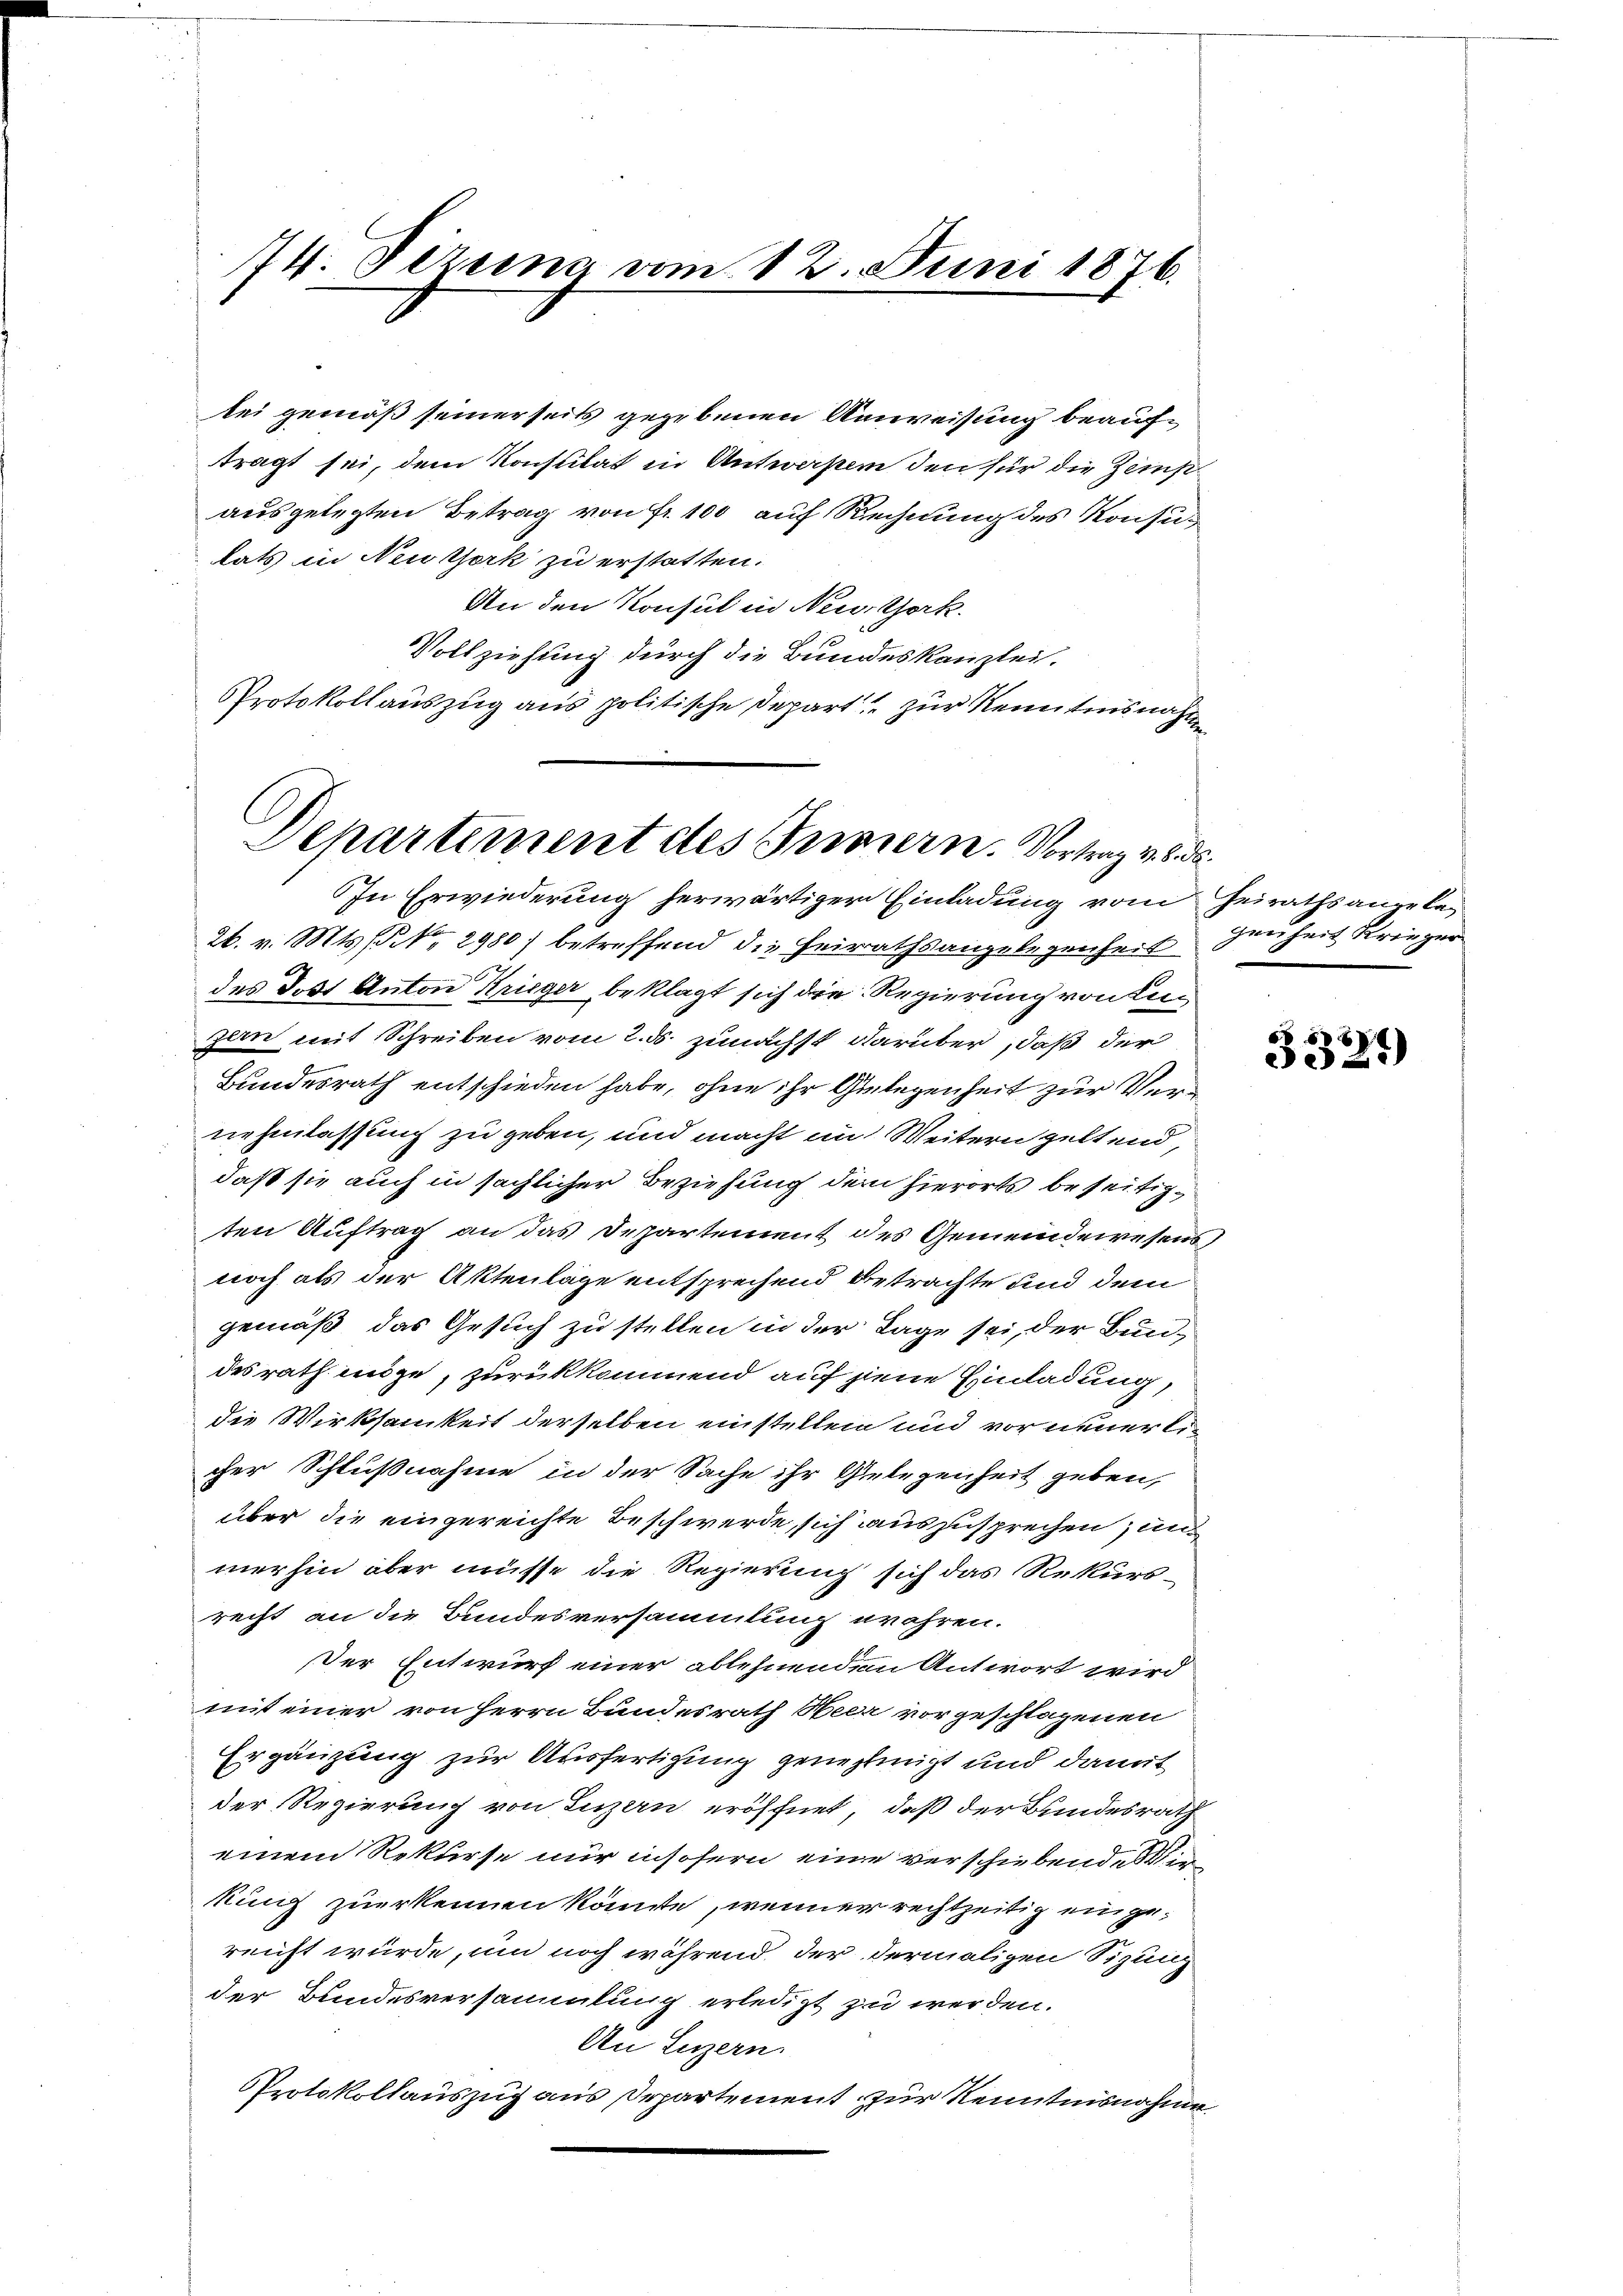
74. Dezung vom 12. Juni 1876.

lei gemäß seinerseits gegebenen Anweisung beauftragt sei, dem Konstitat in Antwerpen den für die Zempausgelegten Betrag von Fr. 100 auf Rechnung des Konsulats in Neuthork zu erstatten.
An den Konsul in Newtork.
Vollziehung durch die Bundeskanzlei.
Protokollauszug aus politische Depart zur Kenntnisnahme

Departement des Innern. Vortrag v. 6. ds.

In Erwiederung herwärtiger Einladung vom Heirathsangela¬
26. v. Mts. (§ 2980) betreffend die Heirathsangelegenheit
des Jost Anton Krieger beklagt sich die Regierung von Rec
zan mit Schreiben vom 2. ds. zunächst darüber, daß der
Bundesrath entschieden habe, ohne ihr Gelegenheit zur Vernehmlassung zu geben, und macht im Weitern geltend,
daß sie auch in sächlicher Beziehung dem hierorts beseitigten Auftrag an das Departement des Gemeindewesens
noch als der Aktenlage entsprechend Betrachte und dem
gemäß das Gesuch zu stellen in der Lage sei, der Bundesrath möge, zurückkommend auf jene Einladung,
die Wirksamkeit derselben einstellen und vor neuer lecher Schlußnahme in der Sache ihr Gelegenheit geben,
über die eingereichte Beschwerde, sich auszusprechen, und
merhin aber müsse die Regierung sich das Rekurs-
recht an die Bundesversammlung wahren.
Der Entwurf einer ablehnenden Antwort wird
mit einer von Herrn Bundesrath Heer vorgeschlagenen
Ergänzung zur Ausfertigung genehmigt und damit
der Regierung von Luzern eröffnet, daß der Bundesrath
einem Rekurse nur insofern eine verschiebende in
kung zuerkennen könnte, wenner rechtzeitig eingereicht würde, um noch während, der dermaligen Sizung
der Bundesversammlung erledigt zu werden.
An Luzern.
Protokollauszug aus Departement zur Kenntnisnahme

genheit Krieger

58
e